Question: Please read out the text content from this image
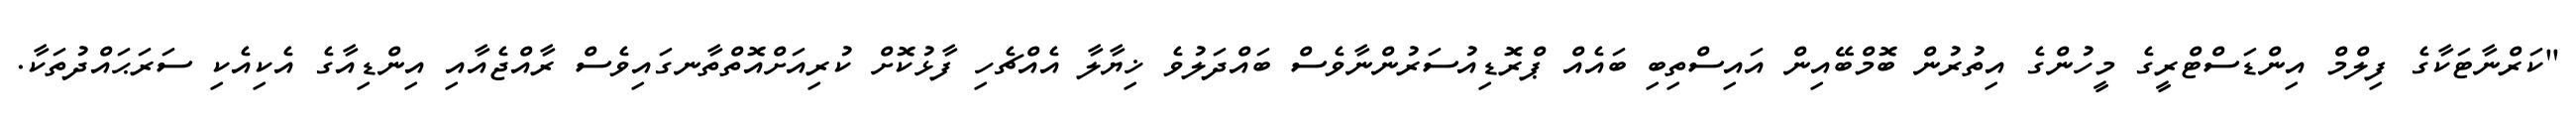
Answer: "ކަރްނާޓަކާގެ ފިލްމް އިންޑަސްޓްރީގެ މީހުންގެ އިތުރުން ބޮމްބޭއިން އައިސްތިބި ބައެއް ޕްރޮޑިއުސަރުންނާވެސް ބައްދަލުވެ ޚިޔާލާ އެއްޗެހި ފާޅުކޮށް ކުރިއަށްއޮތްތާނގައިވެސް ރާއްޖެއާއި އިންޑިއާގެ އެކިއެކި ސަރަޙައްދުތަކާ.